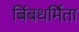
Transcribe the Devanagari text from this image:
बिंबधर्मिता